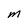
Character: M